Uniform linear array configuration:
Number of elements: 32
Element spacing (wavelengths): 0.25
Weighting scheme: exponential
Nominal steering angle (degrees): -30
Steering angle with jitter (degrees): -29.135
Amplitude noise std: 0.05
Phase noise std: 0.05

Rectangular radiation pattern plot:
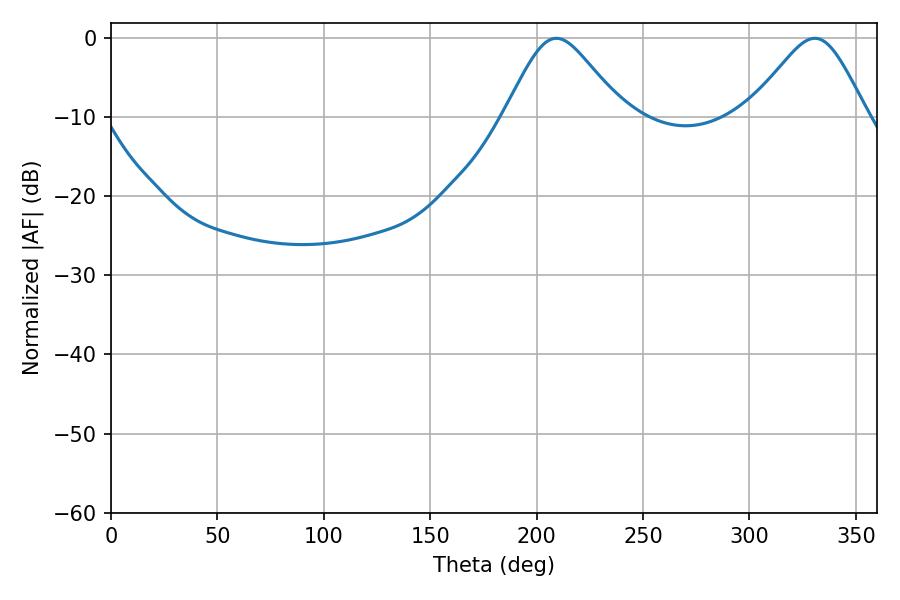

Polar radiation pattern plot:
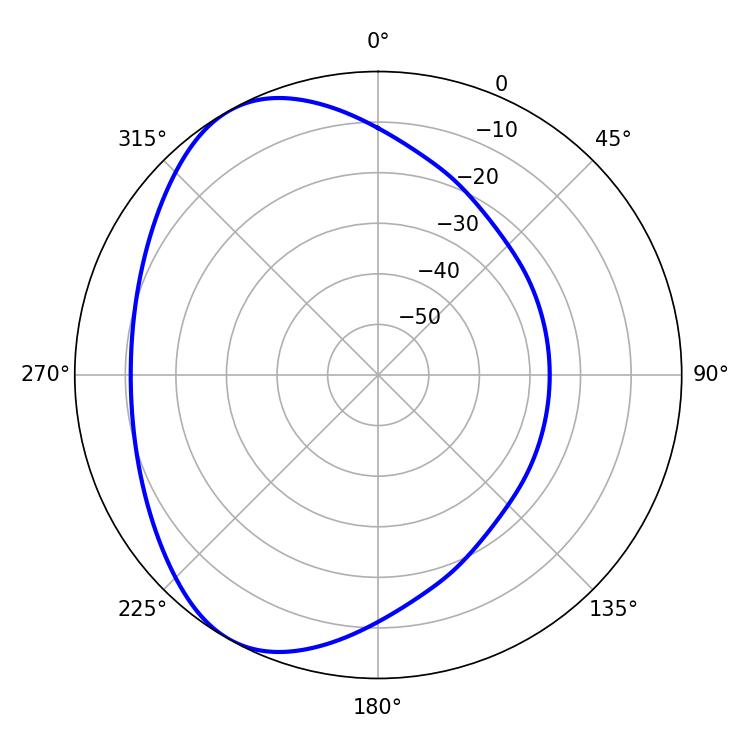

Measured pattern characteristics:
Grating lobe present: FALSE
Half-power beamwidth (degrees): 27
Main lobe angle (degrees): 209.34